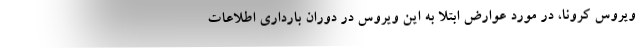
ویروس کرونا، در مورد عوارض ابتلا به این ویروس در دوران بارداری اطلاعات